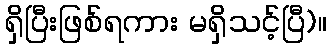
ရှိပြီးဖြစ်ရကား မရှိသင့်ပြီ)။